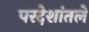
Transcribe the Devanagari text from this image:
परदेशांतले